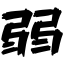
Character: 弱